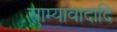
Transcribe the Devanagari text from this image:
साम्यावादादि